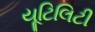
યૂટિલિટી